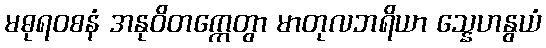
မဓုရဝစနံ အနုဝိတက္ကေတွာ မာတုလဘရိယာ သ္နေဟနွယံ